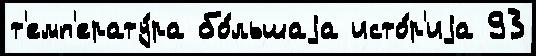
т'емп'ерату́ра бо́льшаjа исто́р'иjа 93